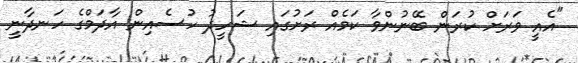
"އެއީ ވަރަށް ކުރަން ބޭނުންވާ ކަމެއް ރަށުގައި ޝަހީދު ހުސެއިން އާދަމްގެ ހަނދާނީ